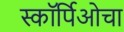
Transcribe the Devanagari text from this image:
स्कॉर्पिओचा